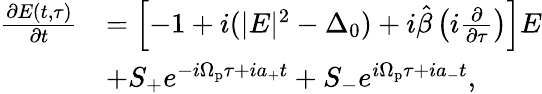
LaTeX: \begin{array}{rl}{\frac{\partial E(t,\tau)}{\partial t}}&{=\left[-1+i(|E|^{2}-\Delta_{0})+i\hat{\beta}\left(i\frac{\partial}{\partial\tau}\right)\right]E}\\ &{+S_{+}e^{-i\Omega_{\mathrm{p}}\tau+ia_{+}t}+S_{-}e^{i\Omega_{\mathrm{p}}\tau+ia_{-}t},}\end{array}